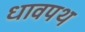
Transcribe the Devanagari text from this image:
धावपथ